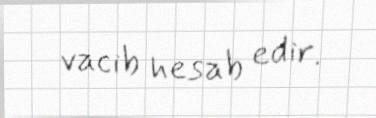
vacib hesab edir.